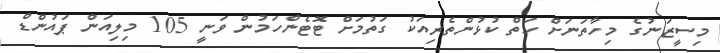
މިސީޒަނުގެ މިހާތަނަށް ހަތް ކުޅުންތެރިއަކު ގަތުމަށް ޓޮޓެންހަމުން ވަނީ 105 މިލިއަން ޕައުންޑް